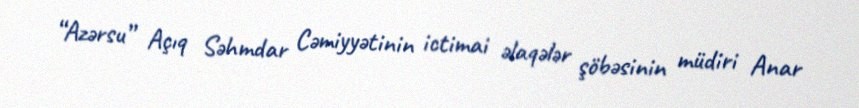
“Azərsu” Açıq Səhmdar Cəmiyyətinin ictimai əlaqələr şöbəsinin müdiri Anar